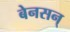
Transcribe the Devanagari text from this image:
बेनसन्